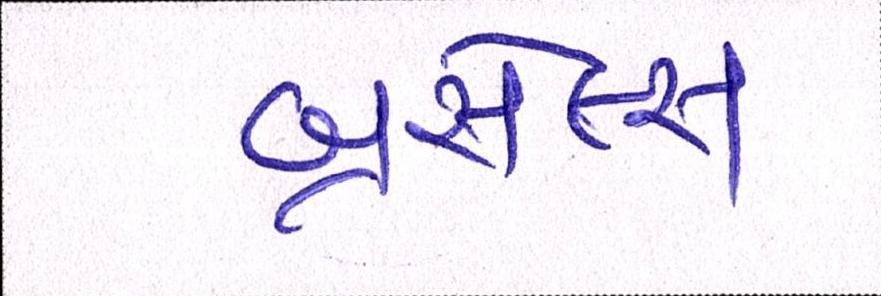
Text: બ્રસેલ્સ